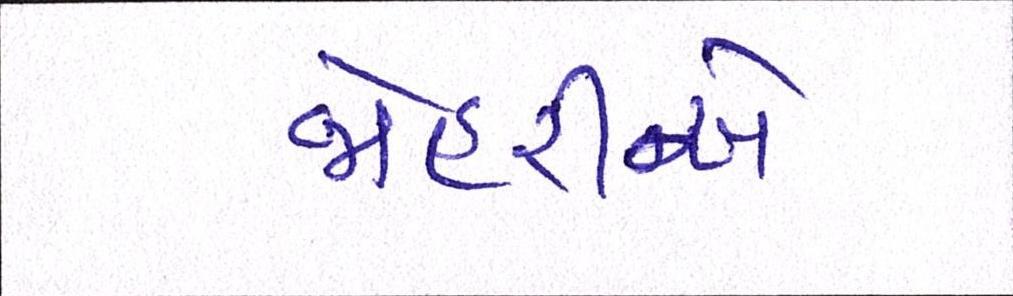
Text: જોહરીએ